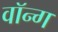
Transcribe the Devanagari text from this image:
वॉन्ग